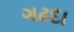
ગઢદા